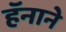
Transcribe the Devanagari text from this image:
हॅनाने